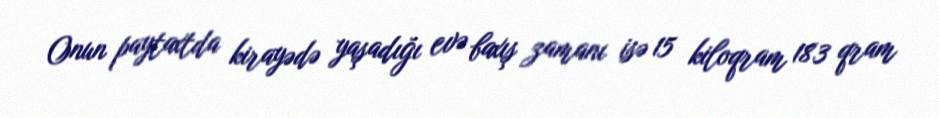
Onun paytaxtda kirayədə yaşadığı evə baxış zamanı isə 15 kiloqram 183 qram